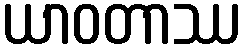
ယာဝတာဿ